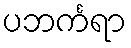
ပဘင်္ကရာ